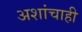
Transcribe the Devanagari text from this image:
अशांचाही